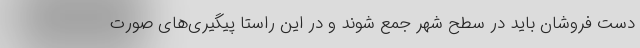
دست فروشان باید در سطح شهر جمع شوند و در این راستا پیگیری‌های صورت